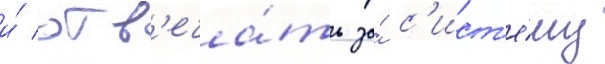
и́ отв'еча́ть за́ с'ист'е́му